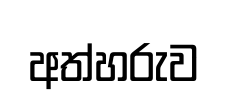
අත්හරුව